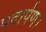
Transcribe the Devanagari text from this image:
पदार्पण।